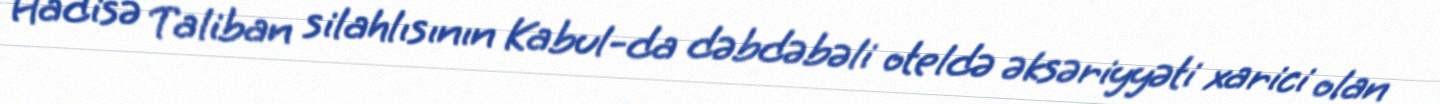
Hadisə Taliban silahlısının Kabul-da dəbdəbəli oteldə əksəriyyəti xarici olan